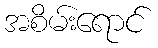
အစိမ်းရောင်